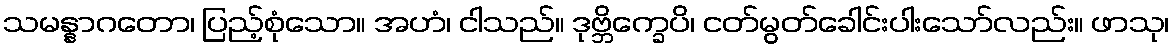
သမန္နာဂတော၊ ပြည့်စုံသော။ အဟံ၊ ငါသည်။ ဒုဗ္ဘိက္ခေပိ၊ ငတ်မွတ်ခေါင်းပါးသော်လည်း။ ဖာသု၊